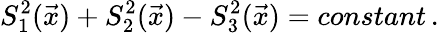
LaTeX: S_{1}^{2}(\vec{x})+S_{2}^{2}(\vec{x})-S_{3}^{2}(\vec{x})=constant\, .